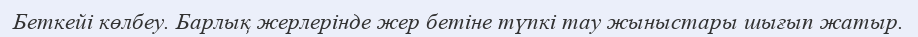
Беткейі көлбеу. Барлық жерлерінде жер бетіне түпкі тау жыныстары шығып жатыр.